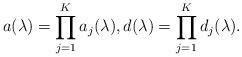
LaTeX: \begin{align*} a(\lambda) = \prod_{j=1}^K a_j(\lambda), d(\lambda) = \prod_{j=1}^K d_j(\lambda).\end{align*}